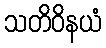
သတိဝိနယံ